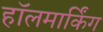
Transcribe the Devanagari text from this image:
हॉलमार्किंग